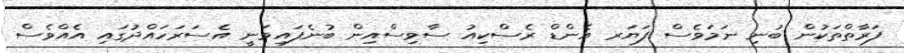
ފަރާތްތަކުން ބުނި ނަމަވެސް ފަޔަރ އެންޑް ރެސްކިއު ސާވިސްއިން ބުނެފައިވަނީ އެސަރަހައްދުގައި އެއްވެސް